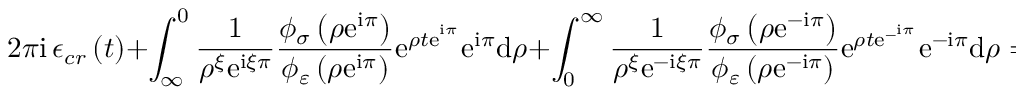
2 \pi \mathrm { i \, } \mathcal { \epsilon } _ { c r } \left( t \right) + \int _ { \infty } ^ { 0 } \frac { 1 } { \rho ^ { \xi } \mathrm { e } ^ { \mathrm { i } \xi \pi } } \frac { \phi _ { \sigma } \left( \rho \mathrm { e } ^ { \mathrm { i } \pi } \right) } { \phi _ { \varepsilon } \left( \rho \mathrm { e } ^ { \mathrm { i } \pi } \right) } \mathrm { e } ^ { \rho t \mathrm { e } ^ { ^ { \mathrm { i } \pi } } } \mathrm { e } ^ { \mathrm { i } \pi } \mathrm { d } \rho + \int _ { 0 } ^ { \infty } \frac { 1 } { \rho ^ { \xi } \mathrm { e } ^ { - \mathrm { i } \xi \pi } } \frac { \phi _ { \sigma } \left( \rho \mathrm { e } ^ { - \mathrm { i } \pi } \right) } { \phi _ { \varepsilon } \left( \rho \mathrm { e } ^ { - \mathrm { i } \pi } \right) } \mathrm { e } ^ { \rho t \mathrm { e } ^ { - ^ { \mathrm { i } \pi } } } \mathrm { e } ^ { - \mathrm { i } \pi } \mathrm { d } \rho = 0